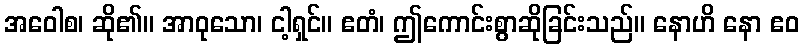
အဝေါစ၊ ဆို၏။ အာဝုသော၊ ငါ့ရှင်။ ဧတံ၊ ဤကောင်းစွာဆိုခြင်းသည်။ နောဟိ နော ဧဝ